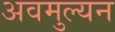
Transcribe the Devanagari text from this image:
अवमुल्यन